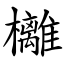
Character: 㰚